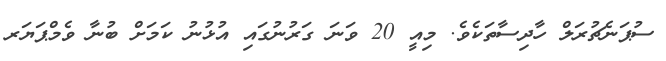
ސުޕަނެޗުރަލް ހާދިސާތަކެވެ. މިއީ 20 ވަނަ ގަރުނުގައި އުޅުނު ކަމަށް ބުނާ ވެމްޕަޔަރ